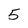
Character: 5